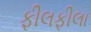
ફીલફીલા